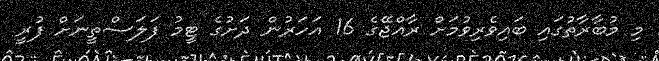
މި މުބާރާތުގައި ބައިވެރިވުމަށް ރާއްޖޭގެ 16 އަހަރުން ދަށުގެ ޓީމު ފަލަސްތީނަށް ފުރީ